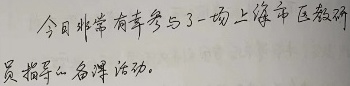
今日非常有幸参与了一场上海市区教研员指导的名师活动。